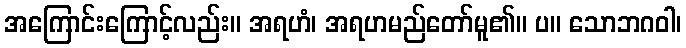
အကြောင်းကြောင့်လည်း။ အရဟံ၊ အရဟမည်တော်မူ၏။ ပ။ သောဘဂဝါ၊